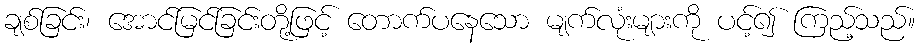
ချစ်ခြင်း၊ အောင်မြင်ခြင်းတို့ဖြင့် တောက်ပနေသော မျက်လုံးများကို ပင့်၍ ကြည့်သည်။